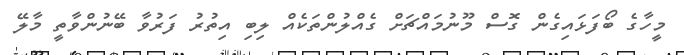
މީހާގެ ބޯފަޅައިގެން ގޮސް މޫނުމައްޗަށް ގެއްލުންތަކެއް ލިބި އިތުރު ފަރުވާ ބޭނުންވާތީ މާލޭ